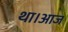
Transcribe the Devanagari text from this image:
था।आज